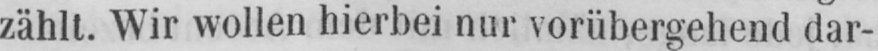
zählt. Wir wollen hierbei nur vorübergehend dar-